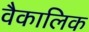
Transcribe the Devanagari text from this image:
वैकालिक